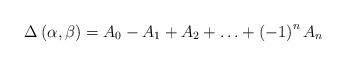
LaTeX: \begin{align*}\Delta \left( \alpha ,\beta \right) =A_{0}-A_{1}+A_{2}+\ldots +\left(-1\right) ^{n}A_{n}\end{align*}